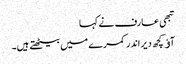
تبھی عارف نے کہا
آﺅ کچھ دیر اندر کمرے میں بیٹھتے ہیں۔